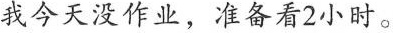
我今天没作业，准备看2小时。